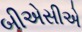
બીએસીએ